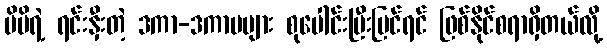
မိမိရဲ့ ရင်းနှီးတဲ့ ဒကာ-ဒကာမများ စုပေါင်းပြီးပြင်ရင် ဖြစ်နိုင်စရာရှိတယ်လို့